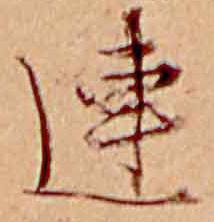
連